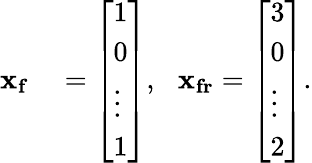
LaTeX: \begin{array}{rl}{\mathbf{x_{f}}}&{{}=\left[\begin{array}{l}{1}\\ {0}\\ {\vdots}\\ {1}\end{array}\right],\: \: \: \mathbf{x_{fr}}=\left[\begin{array}{l}{3}\\ {0}\\ {\vdots}\\ {2}\end{array}\right].}\end{array}